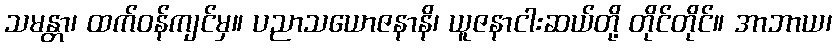
သမန္တာ၊ ထက်ဝန်ကျင်မှ။ ပညာသယောဇနာနိ၊ ယူဇနာငါးဆယ်တို့ တိုင်တိုင်။ အာဘာယ၊